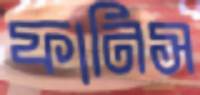
ফানিস